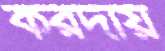
করদায়